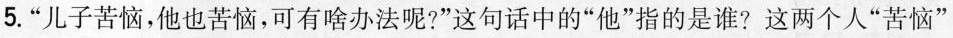
5. “儿子苦恼，他也苦恼，可有啥办法呢?”这句话中的“他”指的是谁? 这两个人“苦恼”